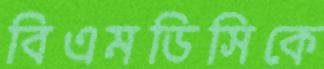
বিএমডিসিকে